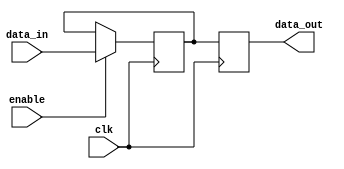
module sequential_logic_block (
    input wire data_in,
    input wire enable,
    input wire clk,
    output reg data_out
);

reg latch_out;
reg dff_out;

always @ (posedge clk) begin
    if (enable) begin
        latch_out <= data_in;
    end
    dff_out <= latch_out;
end

assign data_out = dff_out;

endmodule